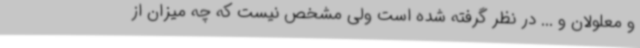
و معلولان و ... در نظر گرفته شده است ولی مشخص نیست که چه میزان از